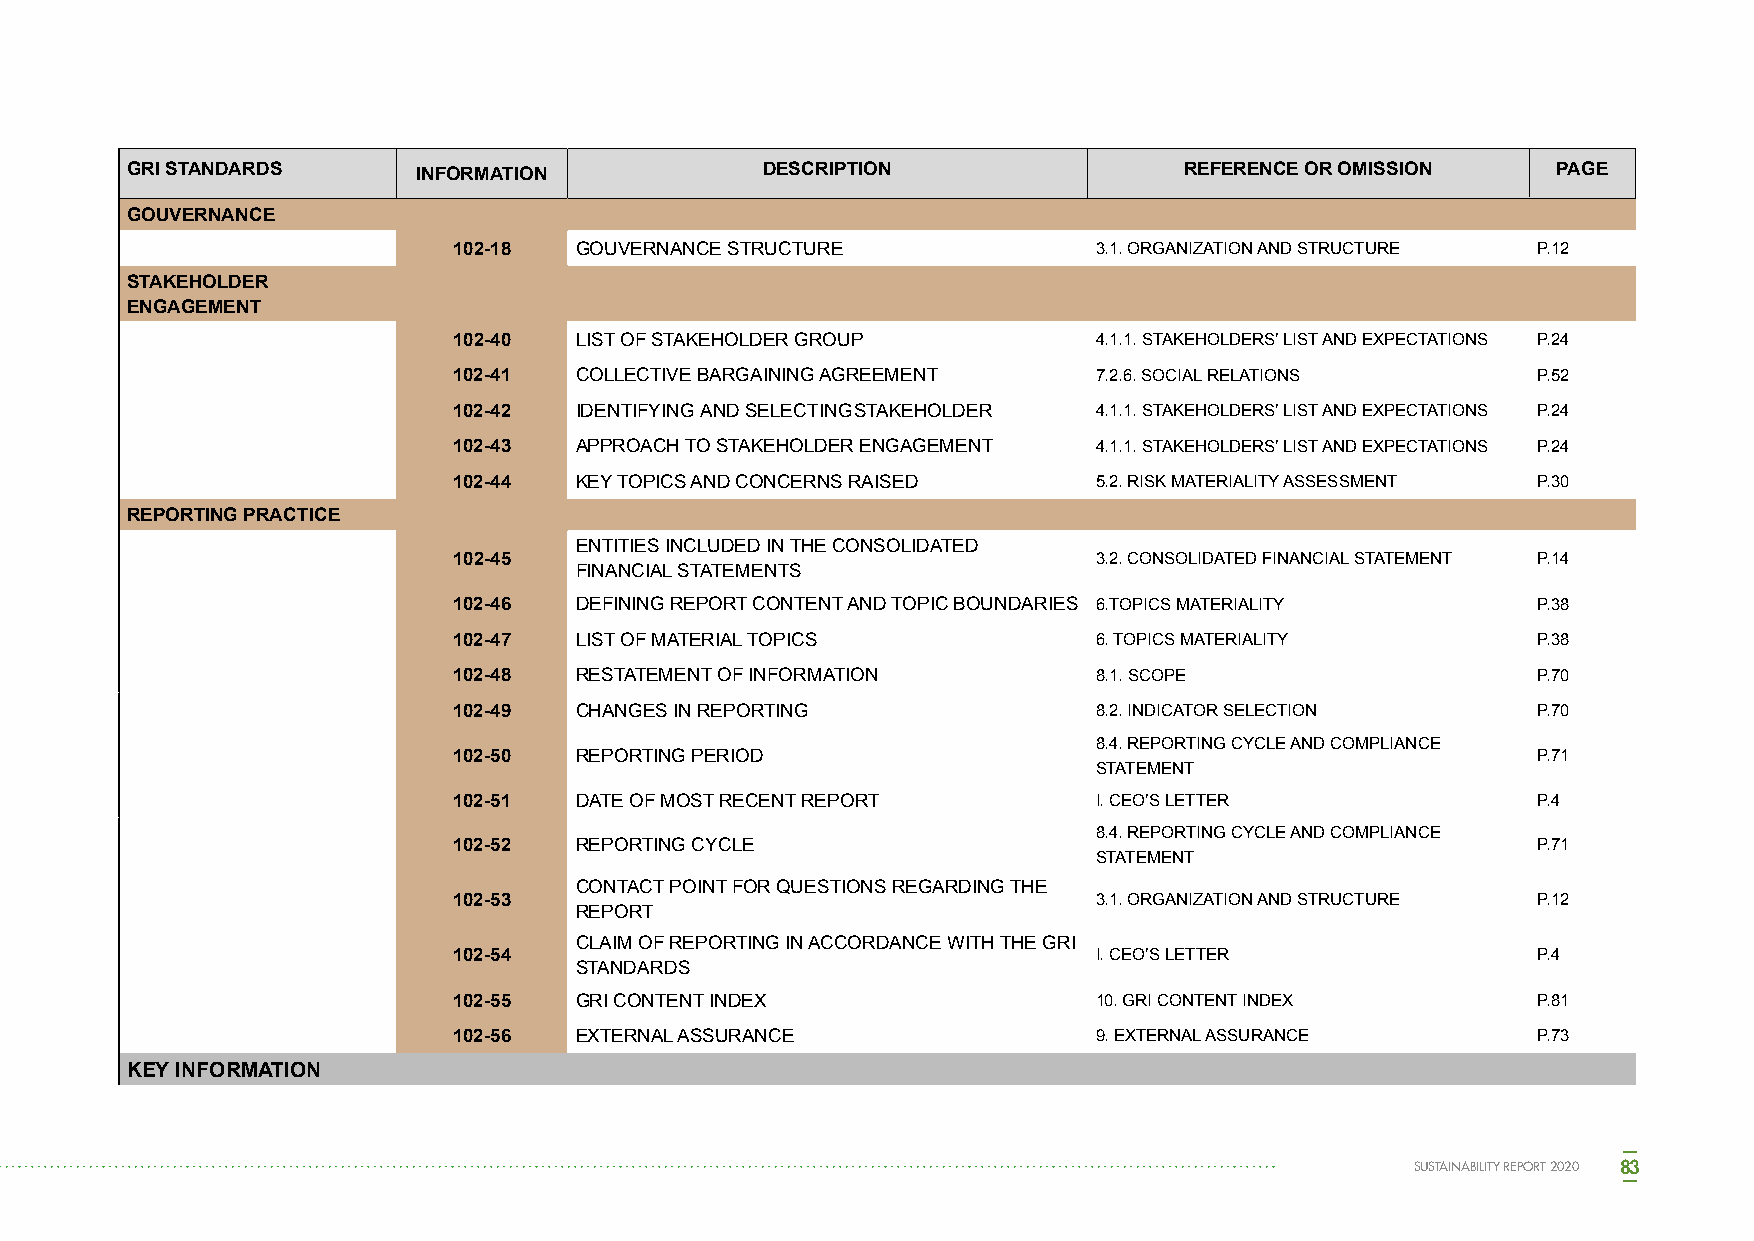
GRI STANDARDS       INFORMATION            DESCRIPTION                REFERENCE OR OMISSION    PAGE
 GOUVERNANCE
 102-18  GOUVERNANCE STRUCTURE              3.1. ORGANIZATION AND STRUCTURE P.12
 STAKEHOLDER
 ENGAGEMENT
 102-40  LIST OF STAKEHOLDER GROUP          4.1.1. STAKEHOLDERS’ LIST AND EXPECTATIONS P.24
 102-41  COLLECTIVE BARGAINING AGREEMENT    7.2.6. SOCIAL RELATIONS      P.52
 102-42  IDENTIFYING AND SELECTING STAKEHOLDER 4.1.1. STAKEHOLDERS’ LIST AND EXPECTATIONS P.24
 102-43  APPROACH TO STAKEHOLDER ENGAGEMENT 4.1.1. STAKEHOLDERS’ LIST AND EXPECTATIONS P.24
 102-44  KEY TOPICS AND CONCERNS RAISED     5.2. RISK MATERIALITY ASSESSMENT P.30
 REPORTING PRACTICE
 ENTITIES INCLUDED IN THE CONSOLIDATED
 102-45                                     3.2. CONSOLIDATED FINANCIAL STATEMENT P.14
 FINANCIAL STATEMENTS
 102-46  DEFINING REPORT CONTENT AND TOPIC BOUNDARIES 6.TOPICS MATERIALITY P.38
 102-47  LIST OF MATERIAL TOPICS            6. TOPICS MATERIALITY        P.38
 102-48  RESTATEMENT OF INFORMATION         8.1. SCOPE                   P.70
 102-49  CHANGES IN REPORTING               8.2. INDICATOR SELECTION     P.70
 8.4. REPORTING CYCLE AND COMPLIANCE
 102-50  REPORTING PERIOD                                                P.71
 STATEMENT
 102-51  DATE OF MOST RECENT REPORT         I. CEO’S LETTER              P.4
 8.4. REPORTING CYCLE AND COMPLIANCE
 102-52  REPORTING CYCLE                                                 P.71
 STATEMENT
 CONTACT POINT FOR QUESTIONS REGARDING THE
 102-53                                     3.1. ORGANIZATION AND STRUCTURE P.12
 REPORT
 CLAIM OF REPORTING IN ACCORDANCE WITH THE GRI
 102-54                                     I. CEO’S LETTER              P.4
 STANDARDS
 102-55  GRI CONTENT INDEX                  10. GRI CONTENT INDEX        P.81
 102-56  EXTERNAL ASSURANCE                 9. EXTERNAL ASSURANCE        P.73
 KEY INFORMATION
 SUSTAINABILITY REPORT 2020 83